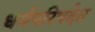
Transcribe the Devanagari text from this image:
धर्मपरिषदेत